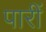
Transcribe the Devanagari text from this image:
पारीं